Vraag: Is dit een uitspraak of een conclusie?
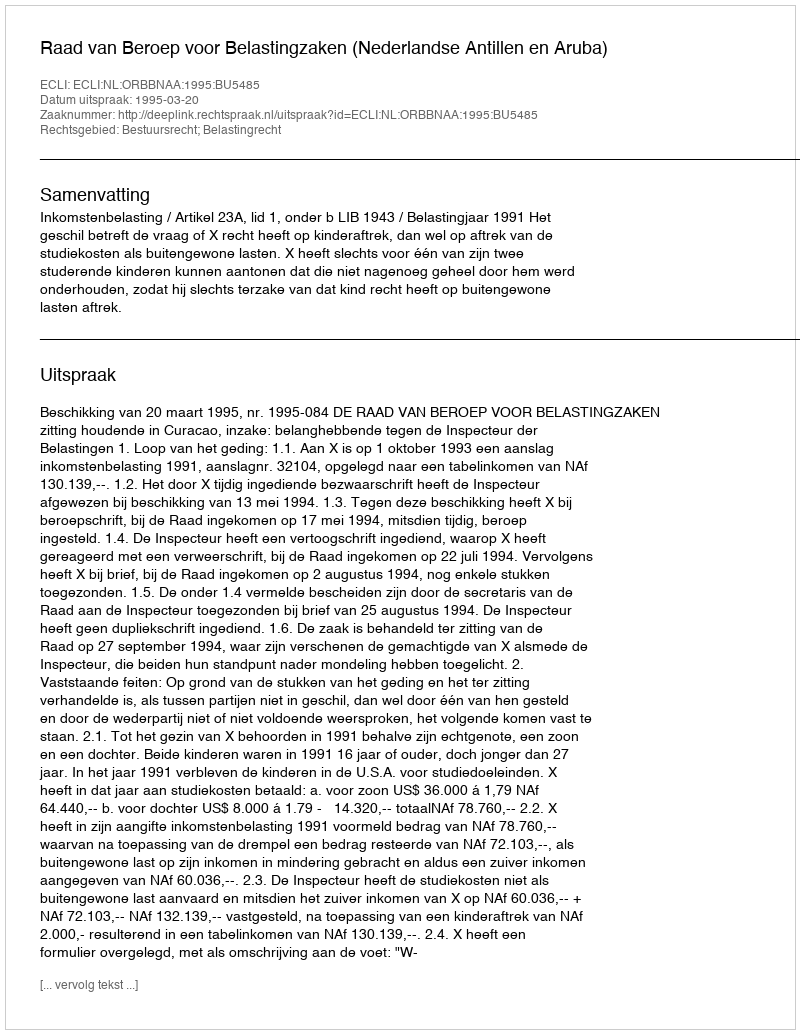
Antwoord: Uitspraak